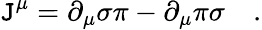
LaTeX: \mathtt{J}^{\mu}=\partial_{\mu}\sigma\pi-\partial_{\mu}\pi\sigma\quad.